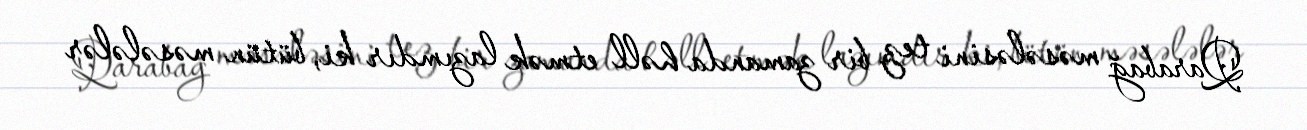
Qarabağ məsələsini tez bir zamanda həll etmək lazımdır ki, bütün məsələlər